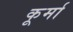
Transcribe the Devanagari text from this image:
कूर्मा